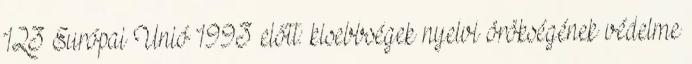
123 Európai Unió 1993 előtt: kisebbségek nyelvi örökségének védelme